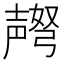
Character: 𫯅